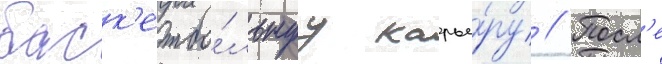
баск'етбо́льнуу карье́ру // Посл'е